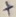
Text: +